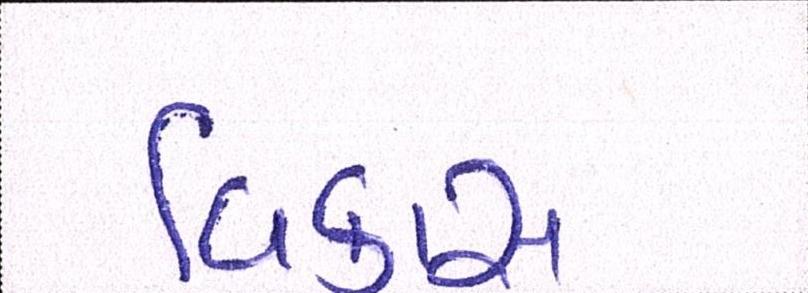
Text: વિકાસ